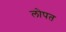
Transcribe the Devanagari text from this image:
लोपत